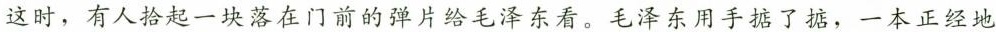
这时，有人拾起一块落在门前的弹片给毛泽东看。毛泽东用手掂了掂，一本正经地